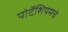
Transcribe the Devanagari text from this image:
पोटॅशियमचे